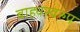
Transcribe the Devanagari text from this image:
बाह्यस्वरुप